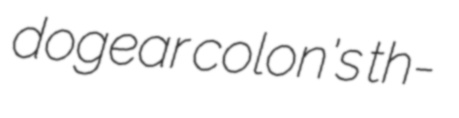
dogear colon's th-